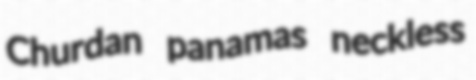
Churdan panamas neckless